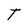
Character: T